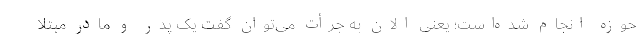
حوزه انجام شده‌است؛ یعنی الان به جرأت می‌توان گفت یک پدر و مادر مبتلا